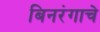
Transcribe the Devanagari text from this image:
बिनरंगाचे